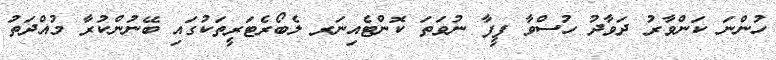
ހުންނަ ކަންވާރު ދަވާދު ހުސްވާ ފީފާ ނުވަތަ ކޮންޓެއިނަރ ލެބޯރެޓަރީތަކުގައި ބޭނުންކުރާ މުއްދަތު